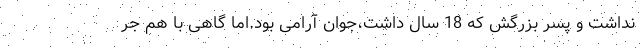
نداشت و پسر بزرگش که 18 سال داشت،جوان آرامی بود.اما گاهی با هم جر